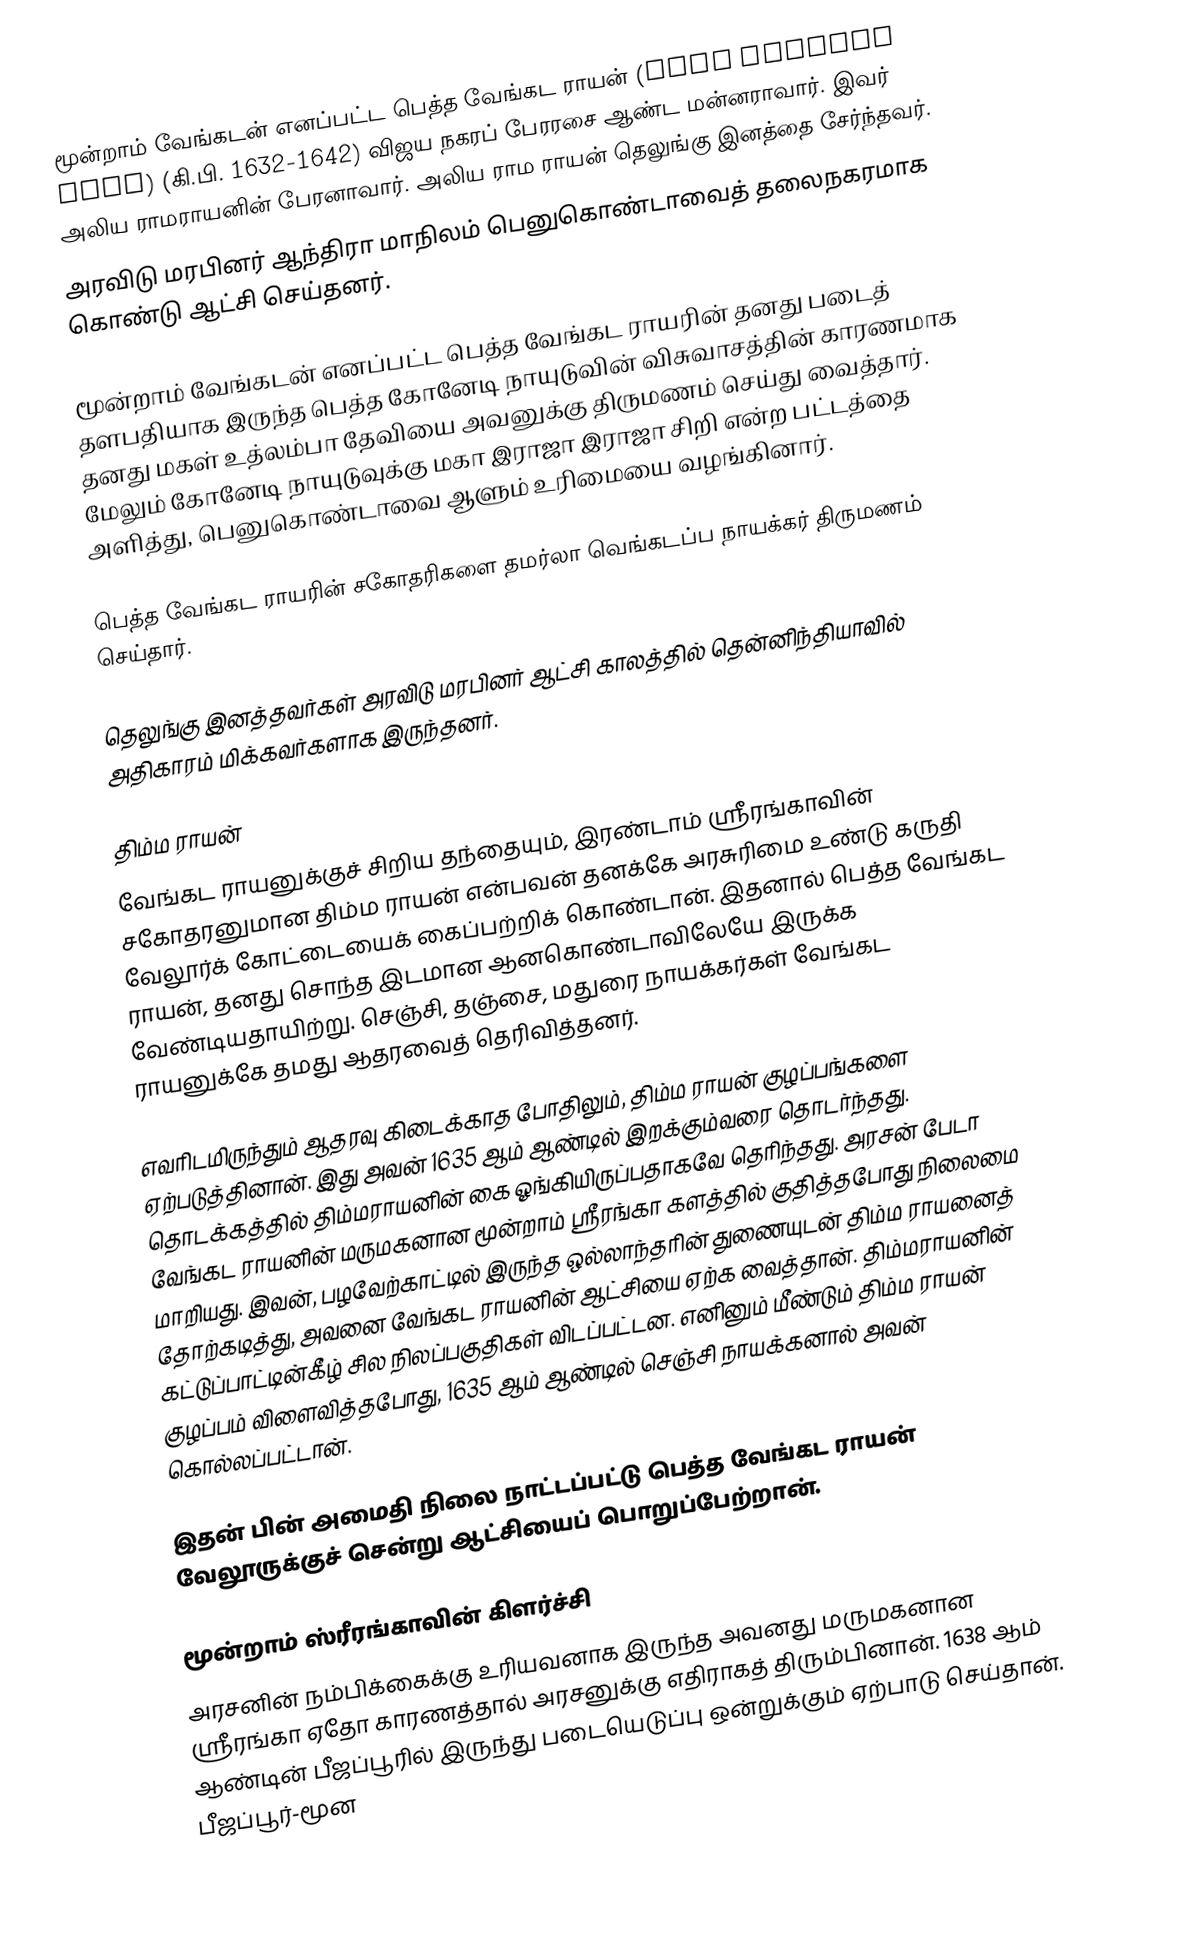
மூன்றாம் வேங்கடன் எனப்பட்ட பெத்த வேங்கட ராயன் (Peda Venkata Raya) (கி.பி. 1632-1642) விஜய நகரப் பேரரசை ஆண்ட மன்னராவார். இவர் அலிய ராமராயனின் பேரனாவார்.  அலிய ராம ராயன் தெலுங்கு இனத்தை சேர்ந்தவர்.
அரவிடு மரபினர் ஆந்திரா மாநிலம் பெனுகொண்டாவைத் தலைநகரமாக கொண்டு ஆட்சி செய்தனர்.

மூன்றாம் வேங்கடன் எனப்பட்ட பெத்த வேங்கட ராயரின் தனது படைத் தளபதியாக இருந்த பெத்த கோனேடி நாயுடுவின் விசுவாசத்தின் காரணமாக தனது மகள் உத்லம்பா தேவியை அவனுக்கு திருமணம் செய்து வைத்தார். மேலும்   கோனேடி நாயுடுவுக்கு மகா இராஜா இராஜா சிறி என்ற பட்டத்தை அளித்து, பெனுகொண்டாவை ஆளும் உரிமையை வழங்கினார்.

பெத்த வேங்கட ராயரின்  சகோதரிகளை தமர்லா வெங்கடப்ப நாயக்கர் திருமணம் செய்தார்.

தெலுங்கு இனத்தவர்கள் அரவிடு மரபினர் ஆட்சி காலத்தில் தென்னிந்தியாவில் அதிகாரம் மிக்கவர்களாக இருந்தனர்.

திம்ம ராயன்
வேங்கட ராயனுக்குச் சிறிய தந்தையும், இரண்டாம் ஸ்ரீரங்காவின் சகோதரனுமான திம்ம ராயன் என்பவன் தனக்கே அரசுரிமை உண்டு கருதி வேலூர்க் கோட்டையைக் கைப்பற்றிக் கொண்டான். இதனால் பெத்த வேங்கட ராயன், தனது சொந்த இடமான ஆனகொண்டாவிலேயே இருக்க வேண்டியதாயிற்று. செஞ்சி, தஞ்சை, மதுரை நாயக்கர்கள் வேங்கட ராயனுக்கே தமது ஆதரவைத் தெரிவித்தனர்.

எவரிடமிருந்தும் ஆதரவு கிடைக்காத போதிலும், திம்ம ராயன் குழப்பங்களை ஏற்படுத்தினான். இது அவன் 1635 ஆம் ஆண்டில் இறக்கும்வரை தொடர்ந்தது. தொடக்கத்தில் திம்மராயனின் கை ஓங்கியிருப்பதாகவே தெரிந்தது. அரசன் பேடா வேங்கட ராயனின் மருமகனான மூன்றாம் ஸ்ரீரங்கா களத்தில் குதித்தபோது நிலைமை மாறியது. இவன், பழவேற்காட்டில் இருந்த ஒல்லாந்தரின் துணையுடன் திம்ம ராயனைத் தோற்கடித்து, அவனை வேங்கட ராயனின் ஆட்சியை ஏற்க வைத்தான். திம்மராயனின் கட்டுப்பாட்டின்கீழ் சில நிலப்பகுதிகள் விடப்பட்டன. எனினும் மீண்டும் திம்ம ராயன் குழப்பம் விளைவித்தபோது, 1635 ஆம் ஆண்டில் செஞ்சி நாயக்கனால் அவன் கொல்லப்பட்டான்.

இதன் பின் அமைதி நிலை நாட்டப்பட்டு பெத்த வேங்கட ராயன் வேலூருக்குச் சென்று ஆட்சியைப் பொறுப்பேற்றான்.

மூன்றாம் ஸ்ரீரங்காவின் கிளர்ச்சி
அரசனின் நம்பிக்கைக்கு உரியவனாக இருந்த அவனது மருமகனான ஸ்ரீரங்கா ஏதோ காரணத்தால் அரசனுக்கு எதிராகத் திரும்பினான். 1638 ஆம் ஆண்டின் பீஜப்பூரில் இருந்து படையெடுப்பு ஒன்றுக்கும் ஏற்பாடு செய்தான். பீஜப்பூர்-மூன